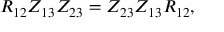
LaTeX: R _ { 1 2 } Z _ { 1 3 } Z _ { 2 3 } = Z _ { 2 3 } Z _ { 1 3 } R _ { 1 2 } , \quad